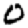
Digit: 0